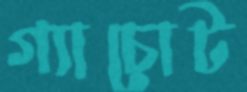
গ্যাচোট